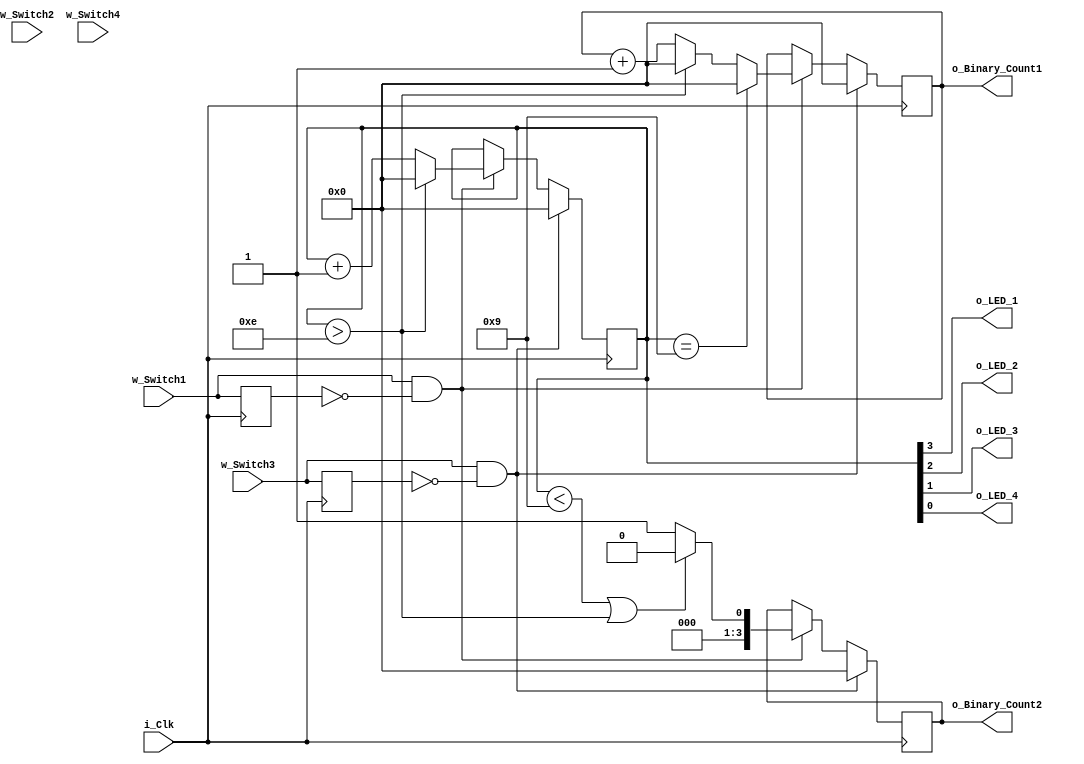
	//if A (first switch)is clicked it displays 4 bits that show in the 4 LEDS 
	// if B (second Switch) is cicked it displays its values as well 
	// When S (third switch) is clicked it displayed A or B depending if its in a 0 or 1 state. 0 for A, 1 for B.

	module BinaryLED_Counter
	(input i_Clk,
	input w_Switch1,
	input w_Switch2,
	input w_Switch3,
	input w_Switch4,
	output o_LED_1,
	output o_LED_2,
	output o_LED_3,
	output o_LED_4,
	output [3:0] o_Binary_Count1,
	output [3:0] o_Binary_Count2
	);
	
	
	reg r_LED_1    = 1'b0;
	reg r_Switch_1 = 1'b0;
	reg r_LED_2    = 1'b0;
	reg r_Switch_2 = 1'b0;
	reg r_LED_3    = 1'b0;
	reg r_Switch_3 = 1'b0;
	reg r_LED_4    = 1'b0;
	reg r_Switch_4 = 1'b0;
	reg [3:0] r_BinaryLED_Count = 4'b0000;
	reg [3:0] r_Seg_Count_1 = 4'b0000;
	reg [3:0] r_Seg_Count_2 = 4'b0000;
		
	always @(posedge i_Clk)
	begin
	
		r_Switch_1 <= w_Switch1;
		r_Switch_2 <= w_Switch2;
		r_Switch_3 <= w_Switch3;
		r_Switch_4 <= w_Switch4;
	
		if (w_Switch1 == 1'b1 && r_Switch_1 == 1'b0)
		begin
			if (r_BinaryLED_Count > 4'b1110)
			begin
				r_BinaryLED_Count <= 4'b0000;
				r_Seg_Count_1 <= 4'b0000;
				r_Seg_Count_2 <= 4'b0000;
			end
			else 
			begin
				r_BinaryLED_Count <= r_BinaryLED_Count+1;
				r_Seg_Count_1 <= r_Seg_Count_1 +1;
			end 
			
			if (r_BinaryLED_Count < 4'b1001 || r_BinaryLED_Count > 4'b1110)
			begin 
				r_Seg_Count_2 <= 4'b0000;
			end 
			else 
			begin 
				r_Seg_Count_2 <= 4'b0001;
			end 
			
			if (r_BinaryLED_Count == 4'b1001)
			begin
				r_Seg_Count_1 <= 4'b0000;
			end 
		end
		if(w_Switch3 == 1'b1 && r_Switch_3 == 1'b0)
		begin 
			r_BinaryLED_Count <= 4'b0000;
			r_Seg_Count_1 <= 4'b0000;
			r_Seg_Count_2 <= 4'b0000;
		end 
		
	end 
	assign o_Binary_Count1 = r_Seg_Count_1;
	assign o_Binary_Count2 = r_Seg_Count_2;
	assign o_LED_1 = r_BinaryLED_Count[3];
	assign o_LED_2 = r_BinaryLED_Count[2];
	assign o_LED_3 = r_BinaryLED_Count[1];
	assign o_LED_4 = r_BinaryLED_Count[0];
	
endmodule